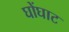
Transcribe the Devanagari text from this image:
घोंघाट